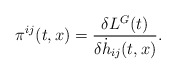
\begin{align*}{}{\pi}^{ij}(t,x) = \frac{\delta L^G(t)}{\delta {\dot h}_{ij} (t,x)}.\end{align*}